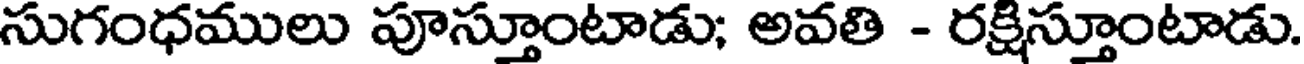
సుగంధములు పూస్తూంటాడు; అవతి - రక్షిస్తూంటాడు.